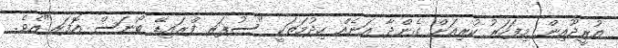
އުރީދޫއިން މިފަހަރު ކުރިއަށް ގެންދާ އަނެއް ހިދުމަތަކީ "ސުޕަރ ފްރައިޑޭ ބޯނަސް އޮފަރ"އެވެ.